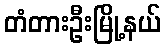
တံတားဦးမြို့နယ်